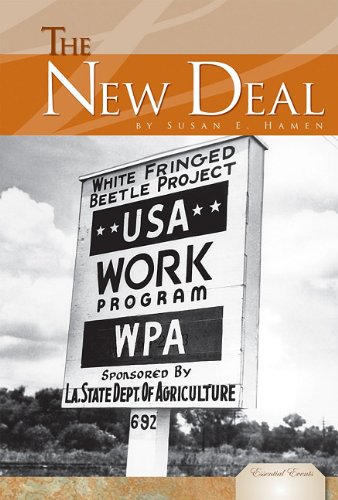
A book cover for The New Deal (Essential Events (ABDO)); Susan E. Hamen; Teen & Young Adult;